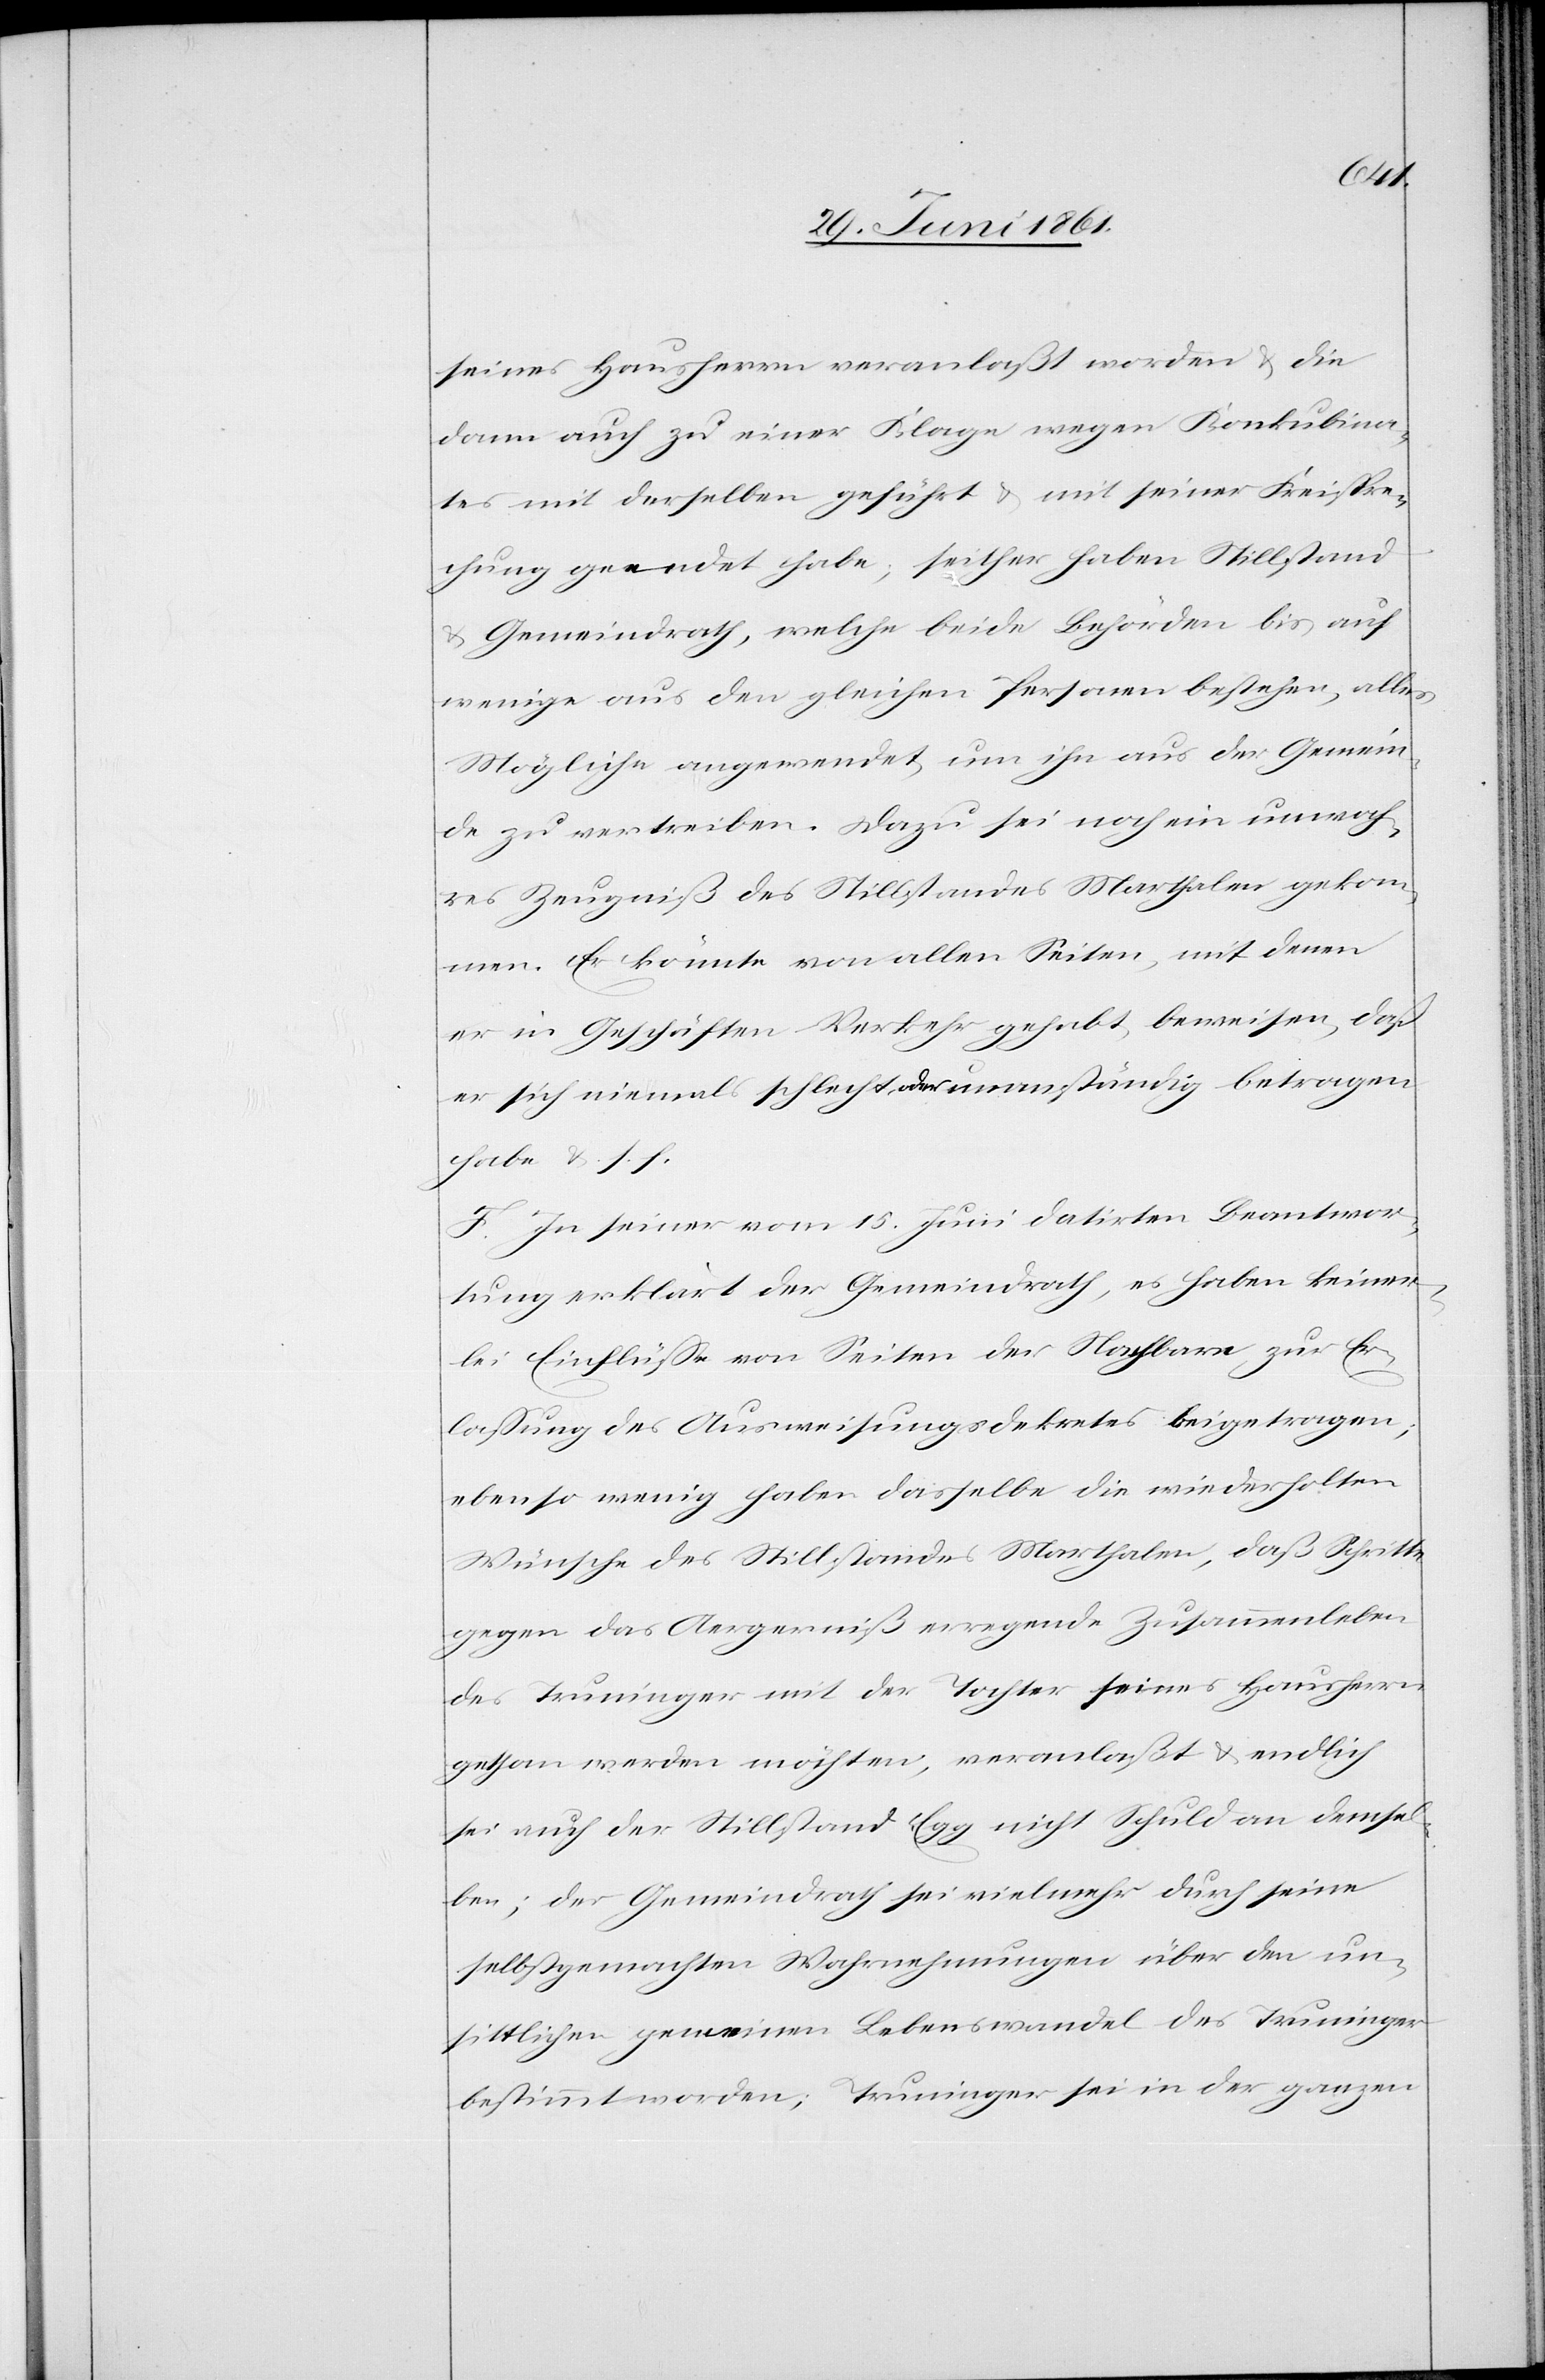
seines Hausherrn veranlaßt worden u. die
dann auch zu einer Klage wegen Konkubina¬
tes mit derselben geführt u. mit seiner Freispre¬
chung geendet habe; seither haben Stillstand
u. Gemeindrath, welche beide Behörden bis auf
wenige aus den gleichen Personen bestehen, alles
Mögliche angewendet, um ihn aus der Gemein¬
de zu vertreiben. Dazu sei noch ein unwah¬
res Zeugniß des Stillstandes Marthalen gekom¬
men. Er könnte von allen Seiten, mit denen
er in Geschäften Verkehr gehabt, beweisen, daß
er sich niemals schlecht oder unanständig betragen
habe u. s. f.
F. In seiner vom 15. Juni datirten Beantwor¬
tung erklärt der Gemeindrath, es haben keiner¬
lei Einflüsse von Seiten der Nachbarn zur Er¬
lassung des Ausweisungsdekretes beigetragen;
ebenso wenig haben dasselbe die wiederholten
Wünsche des Stillstandes Marthalen, daß Schritte
gegen das Aergerniß erregende Zusammenleben
des Truninger mit der Tochter seines Hausherrn
gethan werden möchten, veranlaßt u. endlich
sei auch der Stillstand Egg nicht Schuld an demsel¬
ben; der Gemeindrath sei vielmehr durch seine
selbstgemachten Wahrnehmungen über den un¬
sittlichen gemeinen Lebenswandel des Truninger
bestimmt worden; Truninger sei in der ganzen